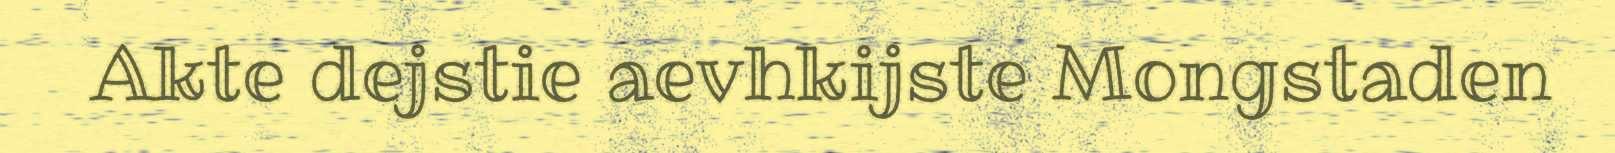
Akte dejstie aevhkijste Mongstaden